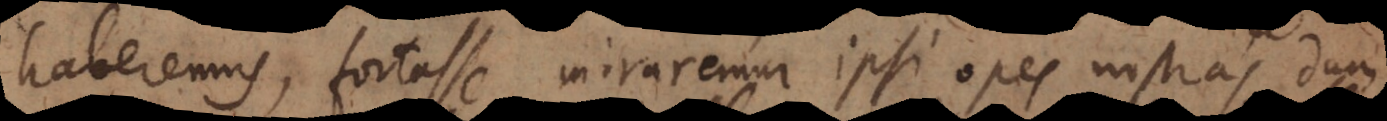
haberemus, fortasse miraremur ipsi opes nostras dum